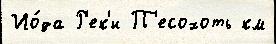
Ио́да Р'ек'и П'есохоть км